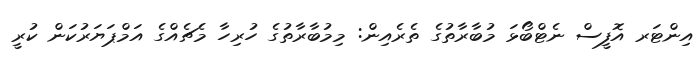
އިންޓަރ އޮފީސް ނެޓްބޯޅަ މުބާރާތުގެ ތެރެއިން: މިމުބާރާތުގެ ހުރިހާ މެޗެއްގެ އަމްޕަޔަރުކަން ކުރީ